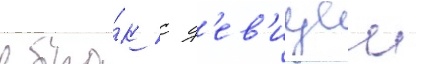
в бра́к с д'ев'ицеи